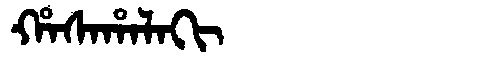
Manchu: ᡥᠠᠰᠠᡥᠠᠯᠠᡴᡳ
Romanization: HASAHALAKI